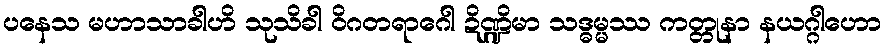
ပနေသ မဟာသာခါဟိ သုသိခါ ဝိဂတရာဂေါ ဍိဏ္ဍိမာ သဒ္ဓမ္မဿ ကတ္တုနာ နယဂ္ဂါဟော